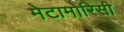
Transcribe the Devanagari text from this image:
मेटामोरिसी